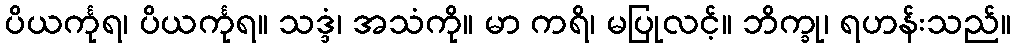
ပိယင်္ကုရ၊ ပိယင်္ကုရ။ သဒ္ဒံ၊ အသံကို။ မာ ကရိ၊ မပြုလင့်။ ဘိက္ခု၊ ရဟန်းသည်။